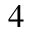
4